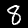
Label: 8